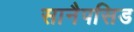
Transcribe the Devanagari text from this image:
सानैपसिड